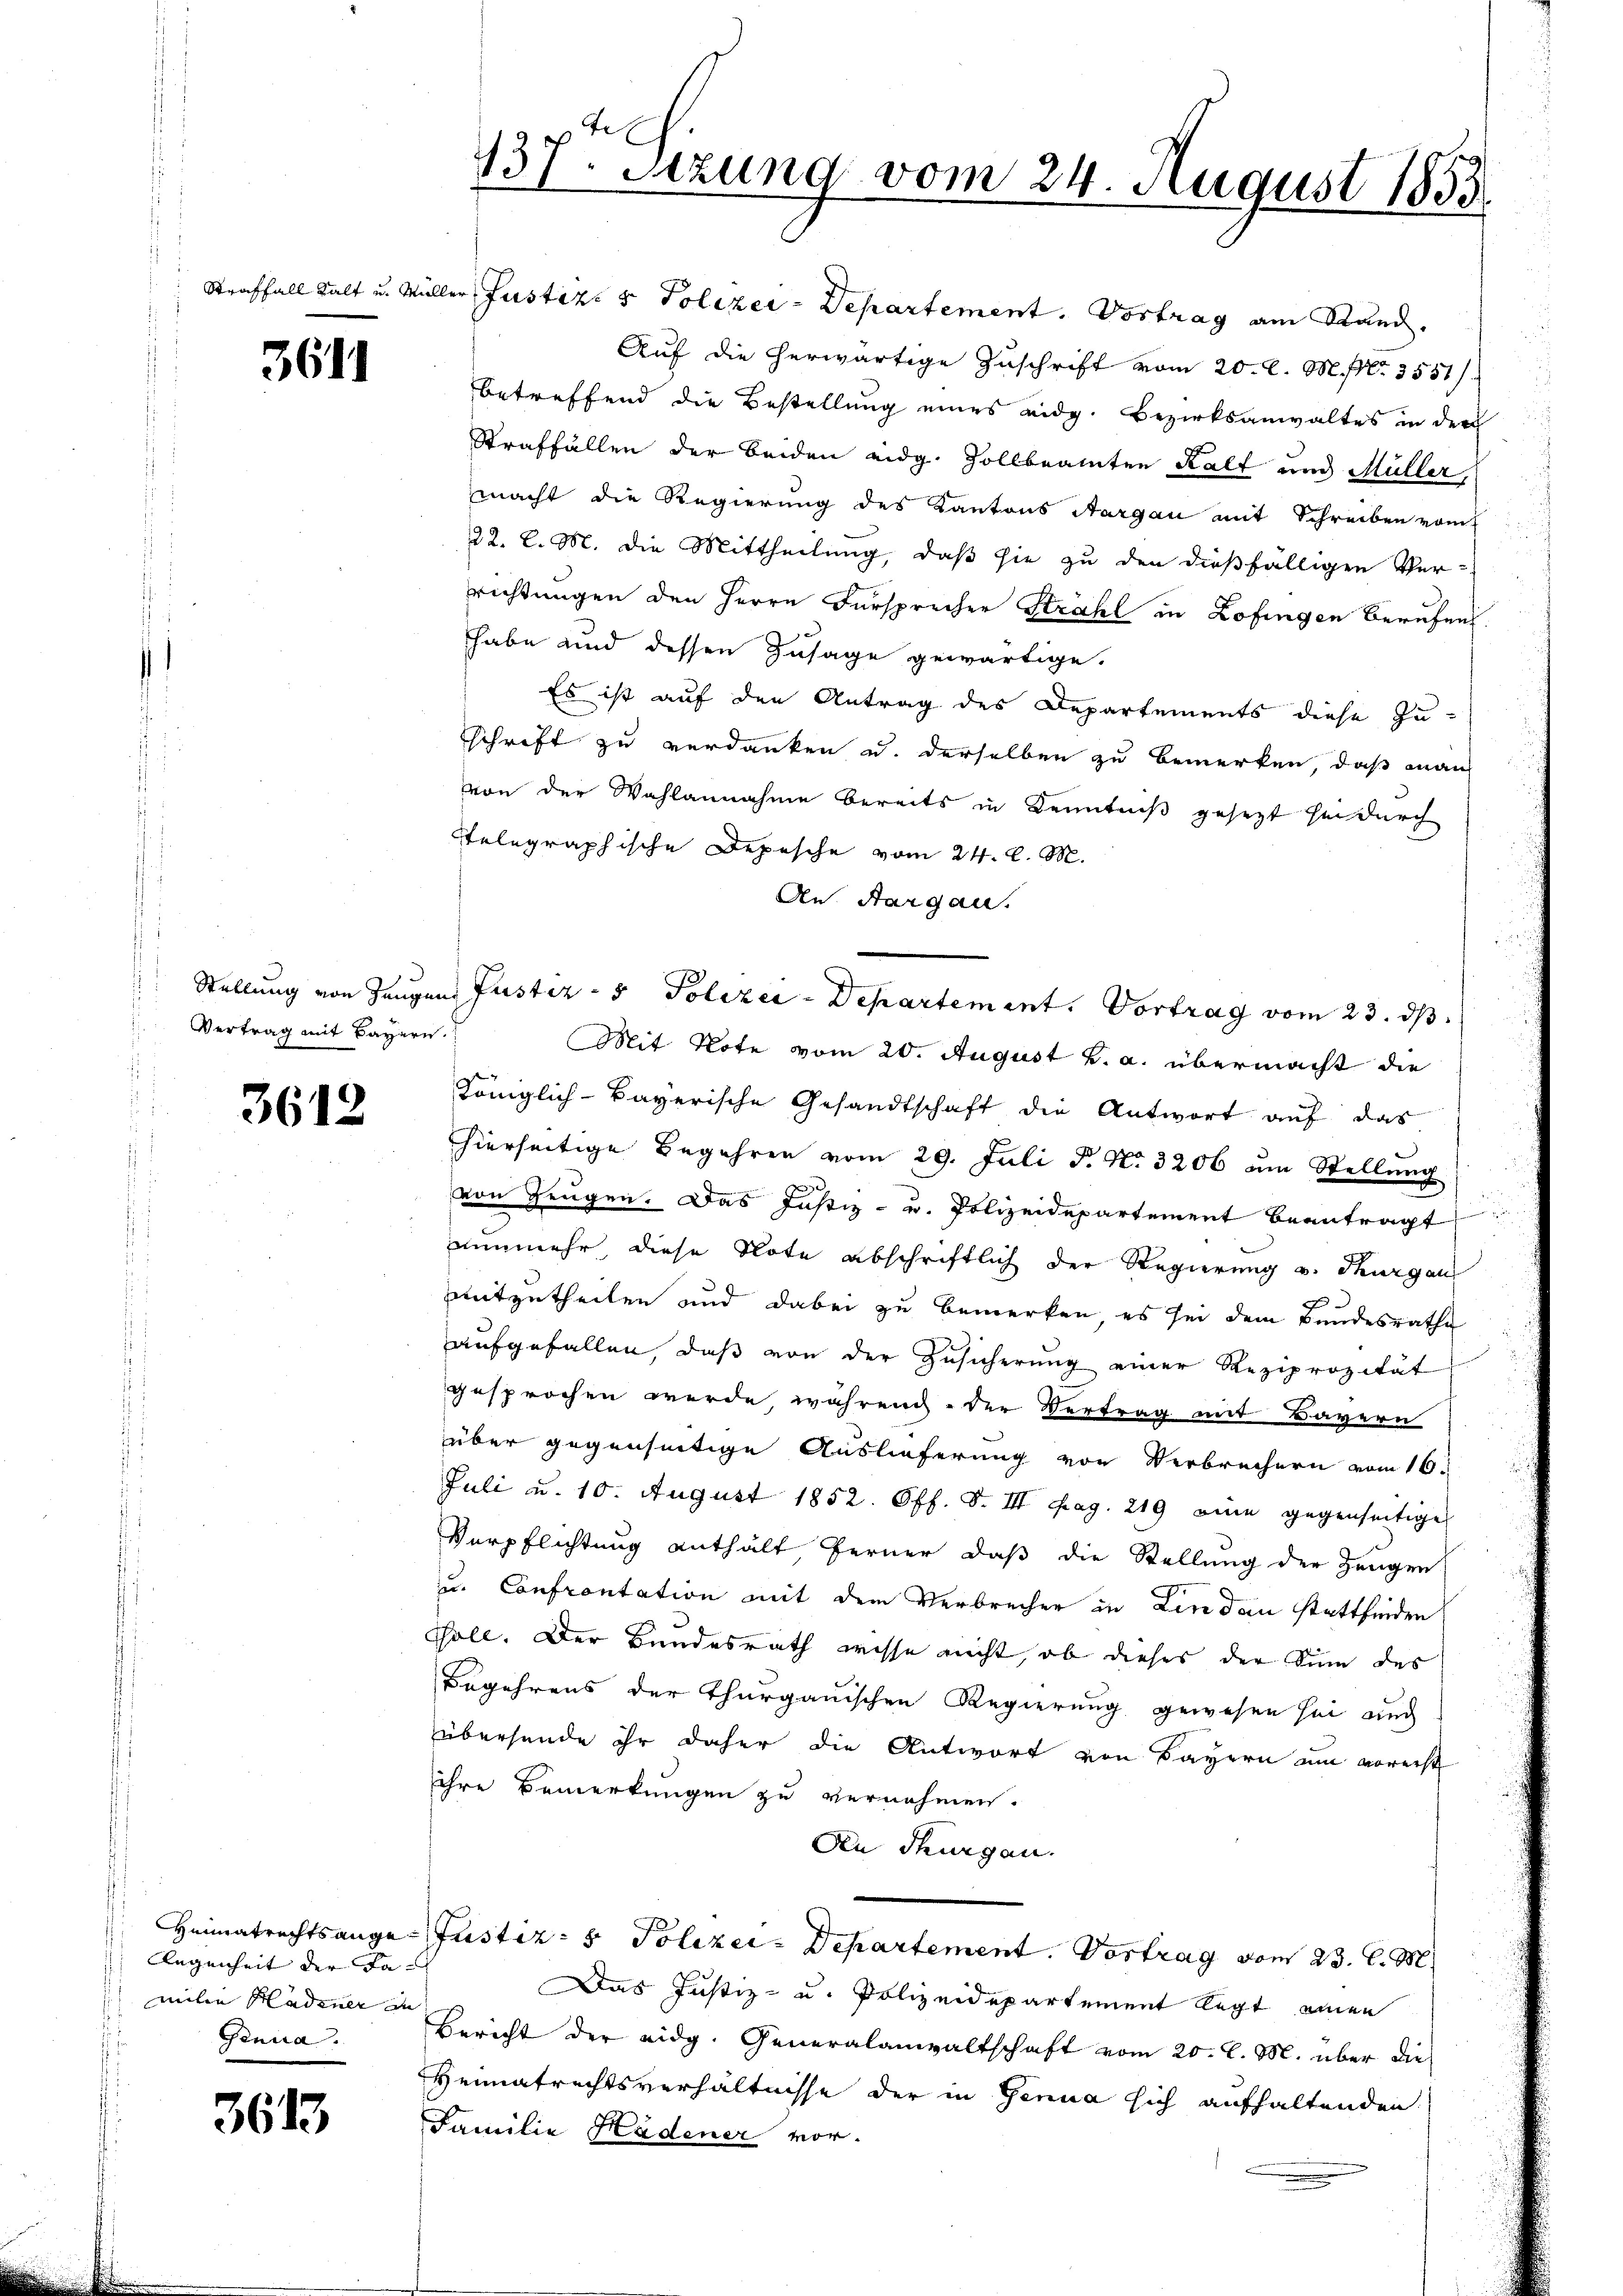
3611

Vertrag mit Bayern.

3612

legenheit der Fa- |
milie Hadener in
Genna.

3613

Straffall kalt u. Müller Justiz- & Polizei-Departement. Vortrag am Stand.
Auf die herwärtige Zuschrift vom 20. l. M. fr. 3551/
betreffend die Bestellung eines eidg. Bezirksanwaltes in der
Straffällen der beiden eidg. Zollbeamten Kalt und Müller
macht die Regierung des Kantons Aargau mit Schreiben vom
22. l. M. die Mittheilung, daß sie zu den dießfälligen Ver-
richtungen den Herrn Fürsprecher Strahl in Zofingen Berufen.
habe und dessen Zusage gewärtige.
Es ist auf den Antrag des Departements diese Zu-
schrift zu verdanken u. derselben zu bemerken, daß manch
von der Wahlannahme bereits in Kenntniß gesezt sei durch
Telegraphische Depesche vom 24. d. M.
An Aargau.
Mit Note vom 20. August v. a. übermacht die
Königlich-Bayerische Gesandtschaft die Antwort auf das
hierseitige Begehren vom 29. Juli d. No. 3206 um Stellung
von Zeugen. Das Justiz- u. Polizeidepartement beantragt
nunmehr, diese Note abschriftlich der Regierung u. Thurgau
mitzutheilen und dabei zu bemerken, es sei dem Bundesrathe
aufgefallen, daß von der Zusicherung einer Reziprozität
gesprochen werde, während der Vertrag mit Bayern
über gegenseitige Auslieferung von Verbrechern vom 16.
Juli u. 10. August 1852. Off. S. III pag. 219 eine gegenseitige
Verpflichtung enthält ferner, daß die Stellung der Zeugen
u. Confrontation mit dem Verbrecher in Lindau stattfinden
soll. Der Bundesrath wisse nicht, ob dieses der Sinn des
Begehrens der Thurgauischen Regierung gewesen sei auch
übersende ihr daher die Antwort von Bayern um vorerst
ihre Bemerkungen zu vernehmen.
An denigen.
Heimatrechtsange-Justiz- & Polizei-Departement. Vortrag vom 23. d. M
Das Justiz- u. Polizeidepartement legt einen
Bericht der eidg. Generalanwaltschaft vom 20. d. M. über die
Heimatrechtsverhältnisse der in Genua sich aufhaltenden
Familie Hadener vor.

137. Sizung vom 24. August 1853

Stellung von Zeugen Justiz- & Polizei-Departement. Vortrag vom 23. ds.